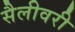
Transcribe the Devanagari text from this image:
सैलीवरी